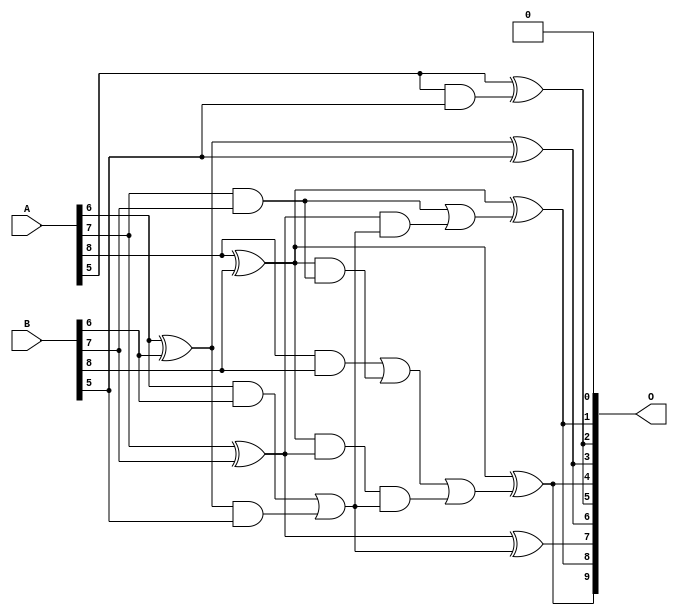
/***
* This code is a part of EvoApproxLib library (ehw.fit.vutbr.cz/approxlib) distributed under The MIT License.
* When used, please cite the following article(s): V. Mrazek, L. Sekanina, Z. Vasicek "Libraries of Approximate Circuits: Automated Design and Application in CNN Accelerators" IEEE Journal on Emerging and Selected Topics in Circuits and Systems, Vol 10, No 4, 2020 
* This file contains a circuit from a sub-set of pareto optimal circuits with respect to the pwr and mae parameters
***/
// MAE% = 3.63 %
// MAE = 19 
// WCE% = 12.11 %
// WCE = 62 
// WCRE% = 1800.00 %
// EP% = 98.39 %
// MRE% = 26.55 %
// MSE = 514 
// PDK45_PWR = 0.014 mW
// PDK45_AREA = 34.7 um2
// PDK45_DELAY = 0.27 ns

module add9se_0A3 (
    A,
    B,
    O
);

input [8:0] A;
input [8:0] B;
output [9:0] O;

wire sig_30,sig_31,sig_32,sig_33,sig_34,sig_36,sig_46,sig_47,sig_48,sig_51,sig_53,sig_57,sig_58,sig_59,sig_64,sig_66,sig_67,sig_70,sig_72,sig_73;
wire sig_74,sig_75,sig_76;

assign sig_30 = A[6] & B[6];
assign sig_31 = A[6] ^ B[6];
assign sig_32 = A[7] & B[7];
assign sig_33 = A[7] ^ B[7];
assign sig_34 = A[8] & B[8];
assign sig_36 = A[8] ^ B[8];
assign sig_46 = sig_36 & sig_32;
assign sig_47 = sig_36 & sig_33;
assign sig_48 = sig_34 | sig_46;
assign sig_51 = sig_31 & B[5];
assign sig_53 = sig_30 | sig_51;
assign sig_57 = ~sig_53;
assign sig_58 = sig_47 & sig_53;
assign sig_59 = sig_48 | sig_58;
assign sig_64 = A[5] & B[5];
assign sig_66 = sig_33 & sig_53;
assign sig_67 = sig_32 | sig_66;
assign sig_70 = ~sig_57;
assign sig_72 = A[5] ^ sig_64;
assign sig_73 = sig_31 ^ B[5];
assign sig_74 = sig_33 ^ sig_70;
assign sig_75 = sig_36 ^ sig_67;
assign sig_76 = sig_36 ^ sig_59;

assign O[9] = sig_76;
assign O[8] = sig_75;
assign O[7] = sig_74;
assign O[6] = sig_73;
assign O[5] = sig_72;
assign O[4] = sig_76;
assign O[3] = sig_73;
assign O[2] = sig_72;
assign O[1] = sig_75;
assign O[0] = 1'b0;

endmodule